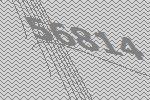
56814